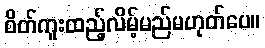
စိတ်ကူးထည့်လိမ့်မည်မဟုတ်ပေ။